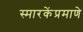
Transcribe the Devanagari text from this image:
स्मारकेंप्रमाणे